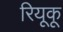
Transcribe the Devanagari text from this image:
रियूकू